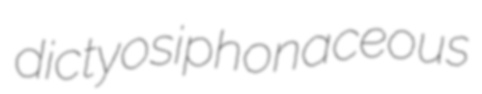
dictyosiphonaceous